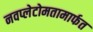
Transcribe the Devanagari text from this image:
नवप्लेटोमतामार्फत